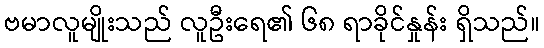
ဗမာလူမျိုးသည် လူဦးရေ၏ ၆၈ ရာခိုင်နှုန်း ရှိသည်။